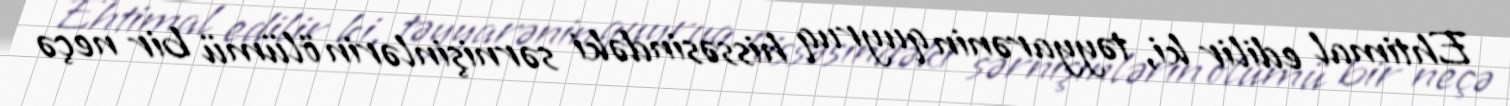
Ehtimal edilir ki, təyyarənin quyruq hissəsindəki sərnişinlərin ölümü bir neçə